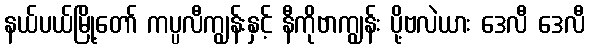
နယ်ပယ်မြို့တော် ကပ္ပလီကျွန်းနှင့် နီကိုဗာကျွန်း ပို့ဗလဲယား ဒေလီ ဒေလီ